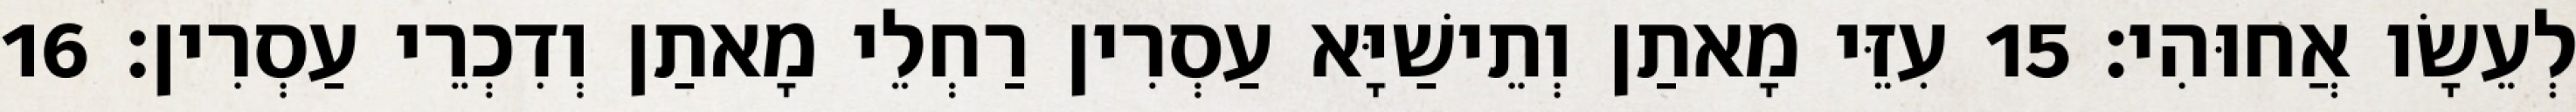
לְעֵשָׂו אֲחוּהִי׃ 15 עִזֵּי מָאתַן וְתֵישַׁיָּא עַסְרִין רַחְלֵי מָאתַן וְדִכְרֵי עַסְרִין׃ 16